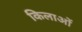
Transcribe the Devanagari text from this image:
किलाओं